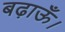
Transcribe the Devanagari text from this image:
बढ़ाऊँ।